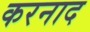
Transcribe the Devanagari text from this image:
करनाद